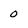
Character: 0